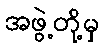
အဖွဲ့တို့မှ